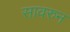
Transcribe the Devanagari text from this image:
सावरुन